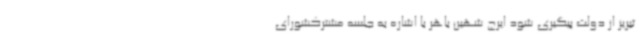
تبریز از دولت پیگیری شود ایرج شهین باهر با اشاره به جلسه مشترکشورای